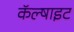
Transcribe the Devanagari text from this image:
कॅल्षाइट